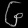
Digit: ၆